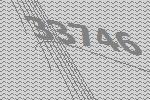
33746